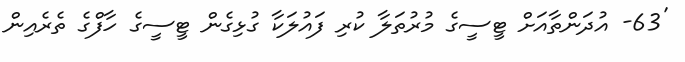
'63- އުދަންތާއަށް ޓީސީގެ މުރުތަލާ ކުރި ފައުލަކާ ގުޅިގެން ޓީސީގެ ހާފްގެ ތެރެއިން